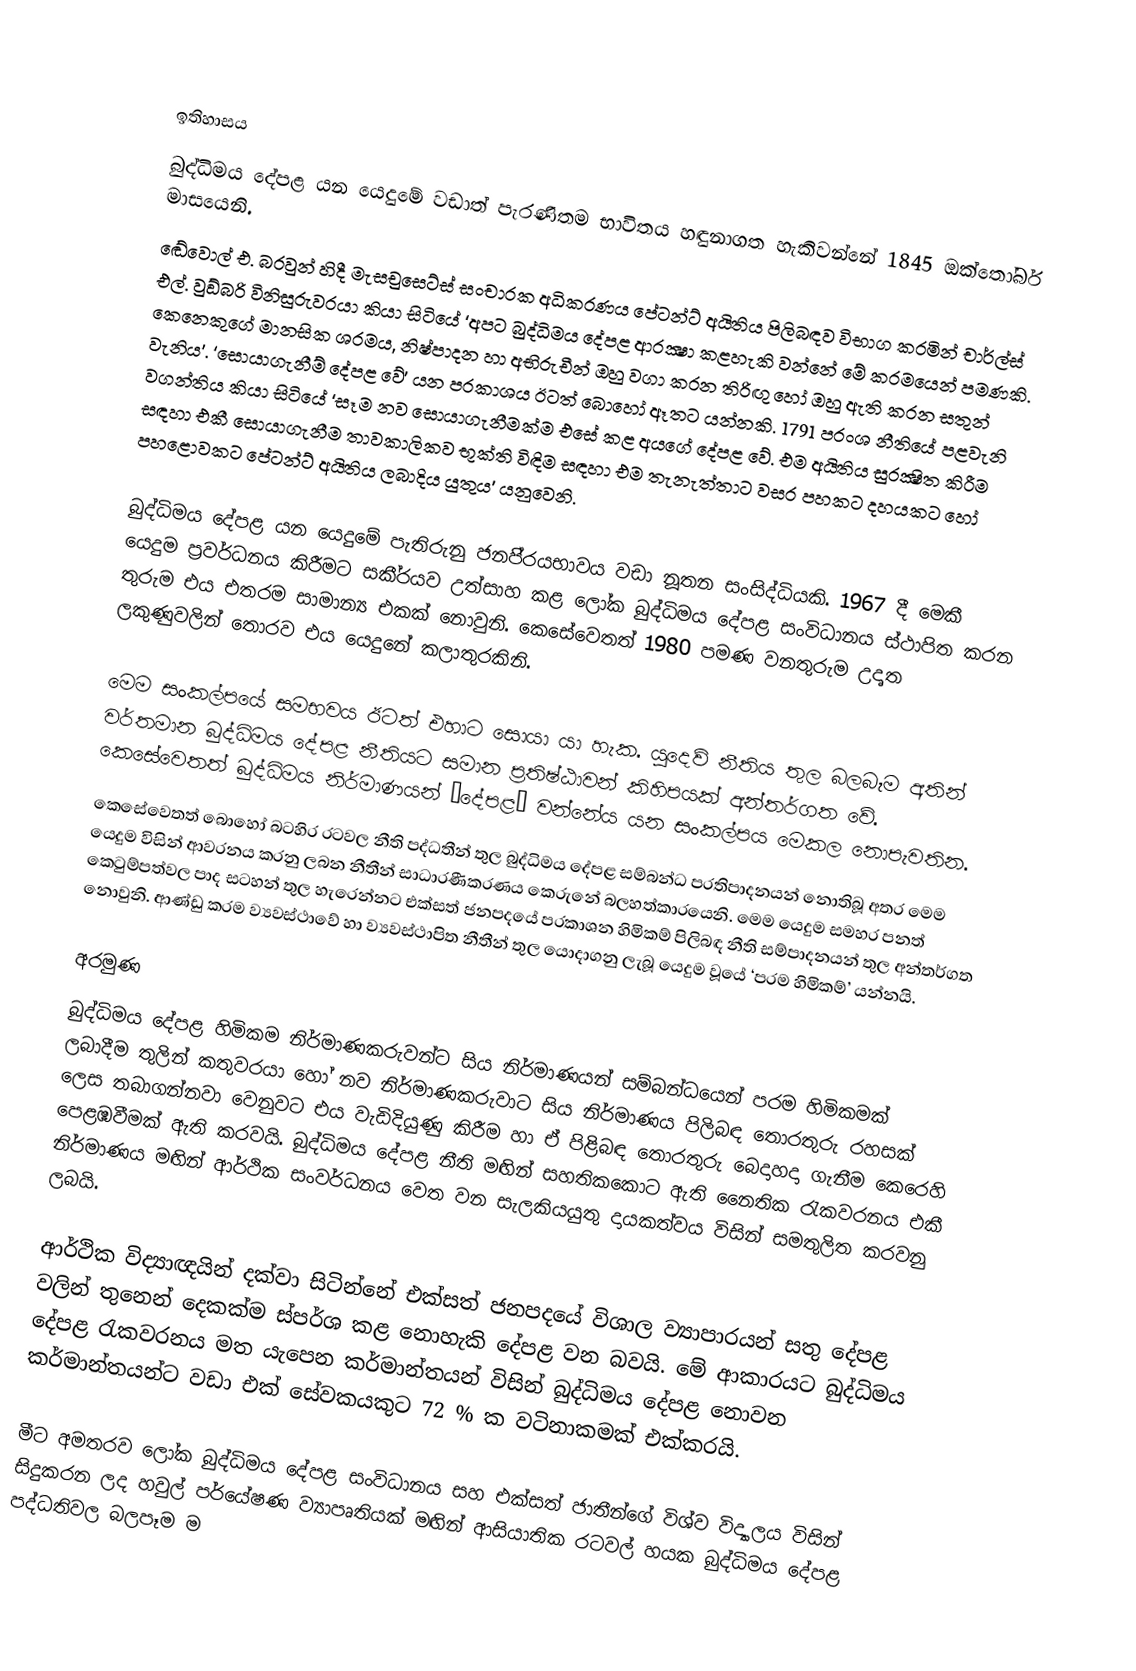

ඉතිහාසය
බුද්ධිමය දේපළ යන යෙදුමේ වඩාත් පැරණිතම භාවිතය හඳුනාගත හැකිවන්නේ 1845 ඔක්තෝබර් මාසයෙනි.
ඬේවොල් එ. බ‍්‍රවුන් හිදී මැසචුසෙට්ස් සංචාරක අධිකරණය පේටන්ට් අයිතිය පිලිබඳව විභාග කරමින් චාර්ල්ස් එල්. වුඞ්බරි විනිසුරුවරයා කියා සිටියේ ‘අපට බුද්ධිමය දේපළ ආරක්‍ෂා කළහැකි වන්නේ මේ ක‍්‍රමයෙන් පමණකි. කෙනෙකුගේ මානසික ශ‍්‍රමය, නිෂ්පාදන හා අභිරුචීන් ඔහු වගා කරන තිරිඟු හෝ ඔහු ඇති කරන සතුන් වැනිය’. ‘සොයාගැනීම් දේපළ වේ’ යන ප‍්‍රකාශය ඊටත් බොහෝ ඈතට යන්නකි. 1791 ප‍්‍රංශ නීතියේ පළවැනි වගන්තිය කියා සිටියේ ‘සෑම නව සොයාගැනීමක්ම එසේ කළ අයගේ දේපළ වේ. එම අයිතිය සුරක්‍ෂිත කිරීම සඳහා එකී සොයාගැනීම තාවකාලිකව භූක්ති විඳිම සඳහා එම තැනැත්තාට වසර පහකට දහයකට හෝ පහළොවකට පේටන්ට් අයිතිය ලබාදිය යුතුය’ යනුවෙනි.

බුද්ධිමය දේපළ යන යෙදුමේ පැතිරුනු ජනපි‍්‍රයභාවය වඩා නූතන සංසිද්ධියකි. 1967 දී මෙකී යෙදුම ප‍්‍රවර්ධනය කිරීමට සකී‍්‍රයව උත්සාහ කළ ලෝක බුද්ධිමය දේපළ සංවිධානය ස්ථාපිත කරන තුරුම එය එතරම සාමාන්‍ය එකක් නොවුනි. කෙසේවෙතත් 1980 පමණ වනතුරුම උදෘත ලකුණුවලින් තොරව එය යෙදුනේ කලාතුරකිනි.

මෙම සංකල්පයේ සමභවය ඊටත් එහාට සොයා යා හැක. යුදෙව් නීතිය තුල බලබෑම අතින් වර්තමාන බුද්ධිමය දේපළ නීතියට සමාන ප‍්‍රතිෂ්ඨාවන් කිහිපයක් අන්තර්ගත වේ. කෙසේවෙතත් බුද්ධිමය නිර්මාණයන් ‘දේපළ’ වන්නේය යන සංකල්පය මෙකල නොපැවතින.
කෙසේවෙතත් බොහෝ බටහිර රටවල නීති පද්ධතීන් තුල බුද්ධිමය දේපළ සම්බන්ධ ප‍්‍රතිපාදනයන් නොතිබූ අතර මෙම යෙදුම විසින් ආවරනය කරනු ලබන නීතීන් සාධාරණීකරණය කෙරුනේ බලහත්කාරයෙනි. මෙම යෙදුම සමහර පනත් කෙටුම්පත්වල පාද සටහන් තුල හැරෙන්නට එක්සත් ජනපදයේ ප‍්‍රකාශන හිමිකම් පිලිබඳ නීති සම්පාදනයන් තුල අන්තර්ගත නොවුනි. ආණ්ඩු ක‍්‍රම ව්‍යවස්ථාවේ හා ව්‍යවස්ථාපිත නීතීන් තුල යොදාගනු ලැබූ යෙදුම වූයේ ‘පරම හිමිකම්’ යන්නයි.

අරමුණ
බුද්ධිමය දේපළ හිමිකම නිර්මාණකරුවන්ට සිය නිර්මාණයන් සම්බන්ධයෙන් පරම හිමිකමක් ලබාදීම තුලින් කතුවරයා හෝ නව නිර්මාණකරුවාට සිය නිර්මාණය පිලිබඳ තොරතුරු රහසක් ලෙස තබාගන්නවා වෙනුවට එය වැඩිදියුණු කිරීම හා ඒ පිළිබඳ තොරතුරු බෙදාහදා ගැනීම කෙරෙහි පෙළඹවීමක් ඇති කරවයි. බුද්ධිමය දේපළ නීති මඟින් සහතිකකොට ඇති නෛතික රැකවරනය එකී නිර්මාණය මඟින් ආර්ථික සංවර්ධනය වෙත වන සැලකියයුතු දායකත්වය විසින් සමතුලිත කරවනු ලබයි.

ආර්ථික විද්‍යාඥයින් දක්වා සිටින්නේ එක්සත් ජනපදයේ විශාල ව්‍යාපාරයන් සතු දේපළ වලින් තුනෙන් දෙකක්ම ස්පර්ශ කළ නොහැකි දේපළ වන බවයි. මේ ආකාරයට බුද්ධිමය දේපළ රැකවරනය මත යැපෙන කර්මාන්තයන් විසින් බුද්ධිමය දේපළ නොවන කර්මාන්තයන්ට වඩා එක් සේවකයකුට 72 % ක වටිනාකමක් එක්කරයි.

මීට අමතරව ලෝක බුද්ධිමය දේපළ සංවිධානය සහ එක්සත් ජාතීන්ගේ විශ්ව විද්‍යාලය විසින් සිදුකරන ලද හවුල් පර්යේෂණ ව්‍යාපෘතියක් මඟින් ආසියාතික රටවල් හයක බුද්ධිමය දේපළ පද්ධතිවල බලපෑම ම